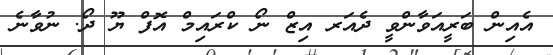
އެއިން ބަރީއަވާންވީ ދެއަރ އިޒް ނޯ ކްރައިމް އޮފް ޔޫ ދޯ. ނުވާނެ